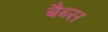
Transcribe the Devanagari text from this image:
बैब्स